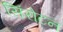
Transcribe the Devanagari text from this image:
सिंरोटन